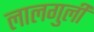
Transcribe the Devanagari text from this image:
लालगुली